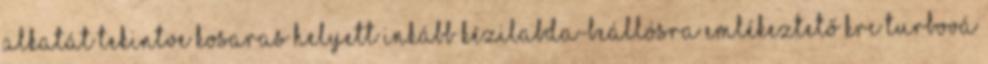
alkatát tekintve kosaras helyett inkább kézilabda-beállósra emlékeztető Krc Turbová